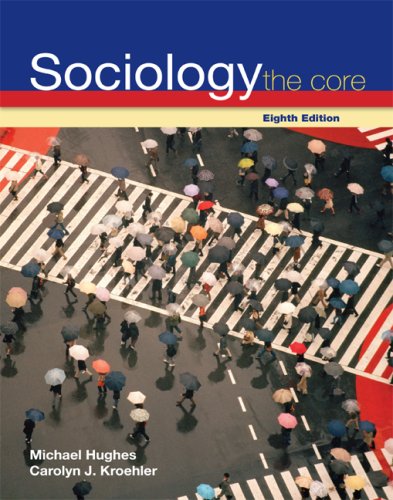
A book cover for Sociology: The Core; Michael Hughes; Politics & Social Sciences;